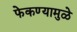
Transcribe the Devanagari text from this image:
फेकण्यामुळे